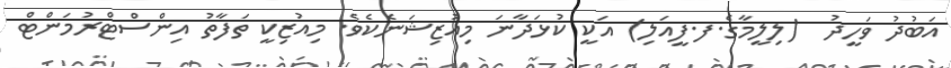
އަބުދު ވަހީދު  (ލިލީމާގެ.ފ.ފީއަލި) އަކީ ކުޅަދާނަ މިއުޒިޝަނެކެވެ. މިއުޒިކީ ތަފާތު އިންސްޓްރުމަންޓް